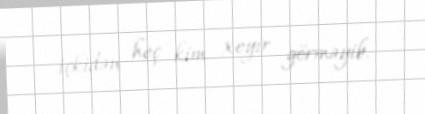
içkidən heç kim xeyir görməyib.